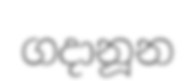
ගදානූන